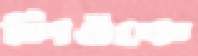
লিওঁকে